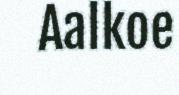
Aalkoe